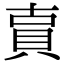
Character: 𧵎